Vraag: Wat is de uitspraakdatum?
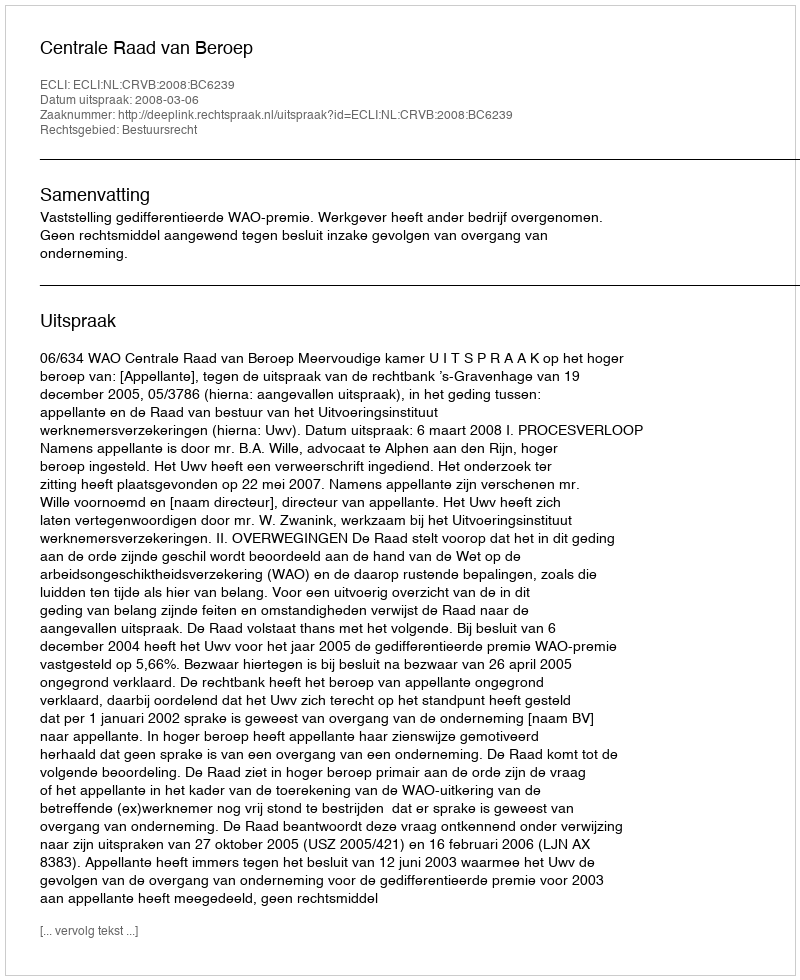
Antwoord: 2008-03-06